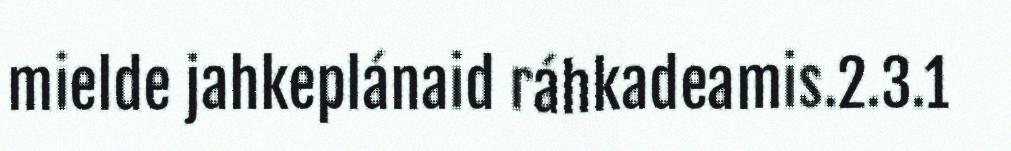
mielde jahkeplánaid ráhkadeamis.2.3.1